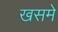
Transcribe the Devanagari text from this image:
खसमे